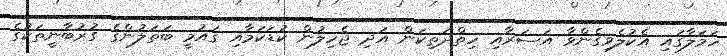
ހަމަލާގައި އެކުލެވިގެންވާ އަސަރާއި ހިތްދަތިކަން އަދި ޖެހިލުން ކުޑަކަމާއި ގައުމީ ބަތަލުންގެ ގުރުބާނީތަކުގެ